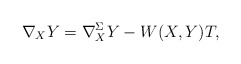
\begin{align*}\nabla_XY=\nabla^{\Sigma}_XY-W(X,Y) T,\end{align*}